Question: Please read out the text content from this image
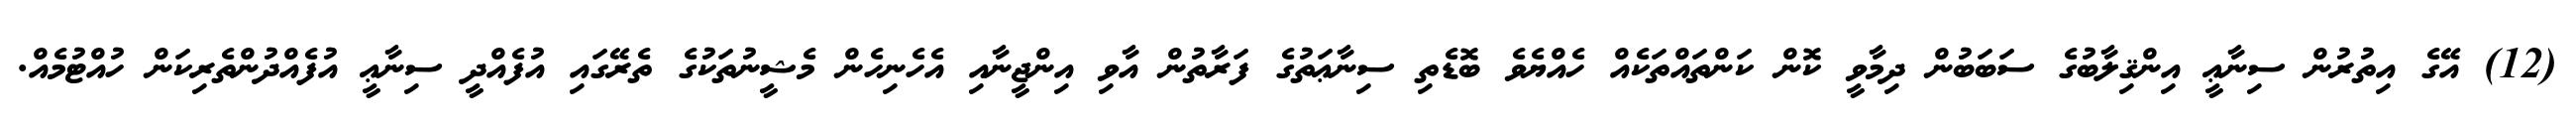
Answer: (12) އޭގެ އިތުރުން ސިނާޢީ އިންޤިލާބުގެ ސަބަބުން ދިމާވީ ކޮން ކަންތައްތަކެއް ހެއްޔެވެ ބޮޑެތި ސިނާޢަތުގެ ފަރާތުން އާވި އިންޖީނާއި އެހެނިހެން މެޝީނުތަކުގެ ތެރޭގައި އުފެއްދީ ސިނާޢީ އުފެއްދުންތެރިކަން ހުއްޓުމެއް.